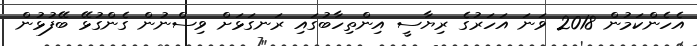
އެހެންކަމުން 2018 ވަނަ އަހަރުގެ ރިޔާސީ އިންތިހާބުގައި ރަނގަޅަށް ވިސްނުން ގެންގުޅޭ ބޭފުޅުން